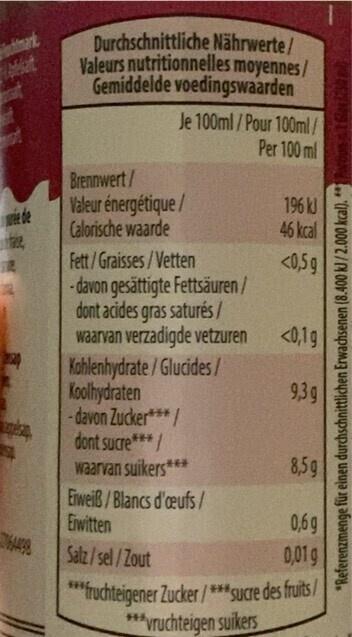
mark at
Durchschnittliche Nährwerte/ Valeurs nutritionnelles moyennes/ Gemiddelde voedingswaarden
Je 100ml/Pour 100ml/
Per 100 ml
Brennwert/ Valeur énergétique / Calorische waarde
Fett/Graisses/Vetten -davon gesättigte Fettsäuren/ dont acides gras saturés/ waarvan verzadigde vetzuren
Kohlenhydrate/Glucides/ Koolhydraten - davon Zucker***/ dont sucre***/ waarvan suikers***
Erweiß/Blancs d'oeufs/
Eiwitten
196 kJ
46 kcal
<0,5 g
<0,1 g
9,3g
8,5g
0,6g
Salz/sel/Zout
0,01 g
*** fruchteigener Zucker/***sucre des fruits /
***vruchteigen suikers
*Referenzmenge für einen durchschnittlichen Erwachsenen (8.400 kJ/2.000 kcal).**Porn Gloy 50 ml